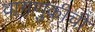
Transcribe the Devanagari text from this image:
वागणुकीची